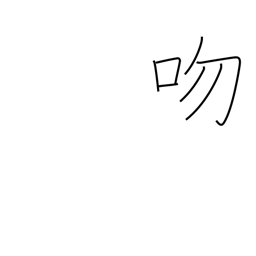
Meaning: proboscis